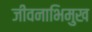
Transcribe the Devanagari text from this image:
जीवनाभिमुख